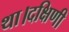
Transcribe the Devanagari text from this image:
था।दक्षिणी